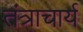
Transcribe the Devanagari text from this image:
तंत्राचार्य